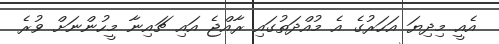
އެއީ މިދިޔަ އަހަރުގެ އެ މުއްދަތުގައި ރާއްޖެ އައި ޗައިނާ މީހުންނަށް ވުރެ